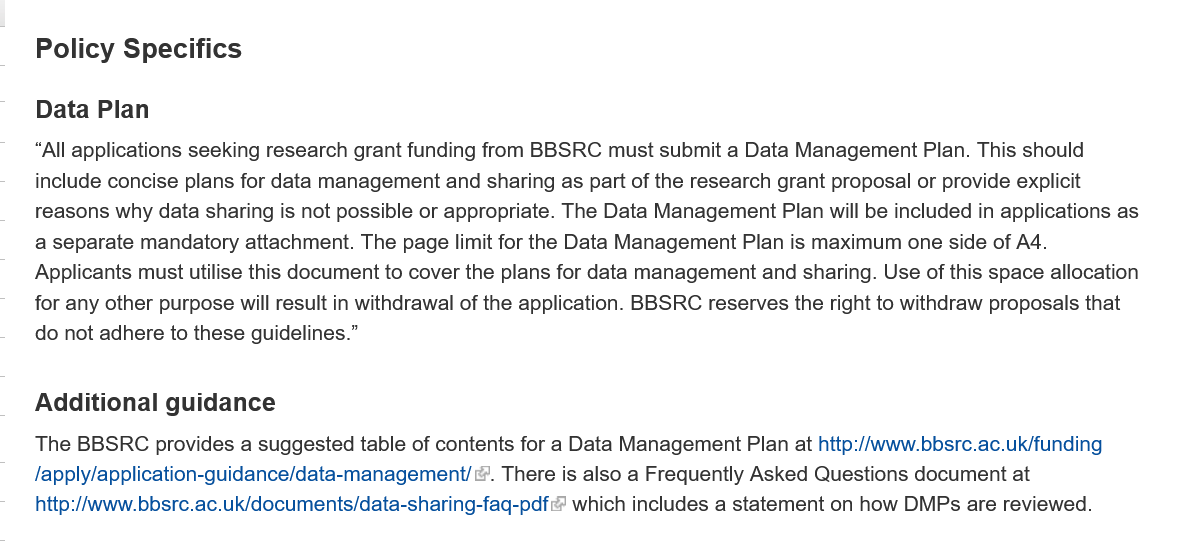
Policy  Specifics
    Data  Plan
    Additional  guidance
    “All applications seeking research grant funding from BBSRC must submit a Data Management Plan. This should
    include concise plans for data management and sharing as part of the research grant proposal or provide explicit
    reasons why data sharing is not possible or appropriate. The Data Management Plan will be included in applications as
    a separate mandatory attachment. The page limit for the Data Management Plan is maximum one side of A4.
    Applicants must utilise this document to cover the plans for data management and sharing. Use of this space allocation
    for any other purpose will result in withdrawal of the application. BBSRC reserves the right to withdraw proposals that
    do not adhere to these guidelines.”
    The BBSRC provides a suggested table of contents for a Data Management Plan at http://www.bbsrc.ac.uk/funding
    /apply/application-guidance/data-management/. There is also a Frequently Asked Questions document at
    http://www.bbsrc.ac.uk/documents/data-sharing-faq-pdf which includes a statement on how DMPs are reviewed.